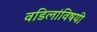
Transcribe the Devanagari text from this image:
वडिलांविषयी